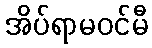
အိပ်ရာမဝင်မီ